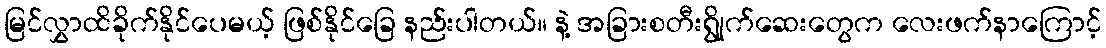
မြင်လွှာထိခိုက်နိုင်ပေမယ့် ဖြစ်နိုင်ခြေ နည်းပါတယ်။ နဲ့ အခြားစတီးရွိုက်ဆေးတွေက လေးဖက်နာကြောင့်